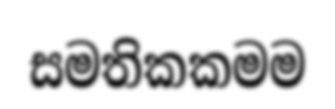
සමතිකකමම